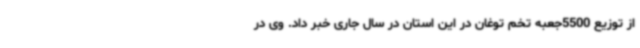
از توزیع 5500جعبه تخم توغان در این استان در سال جاری خبر داد. وی در